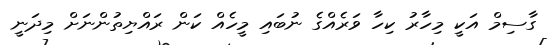
ގާސިމް އަކީ މިހާރު ކިހާ ވަރެއްގެ ނުބައި މީހެއް ކަން ރައްޔިތުންނަށް މިދަނީ